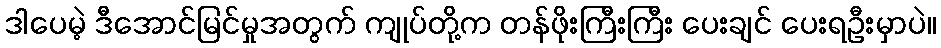
ဒါပေမဲ့ ဒီအောင်မြင်မှုအတွက် ကျုပ်တို့က တန်ဖိုးကြီးကြီး ပေးချင် ပေးရဦးမှာပဲ။